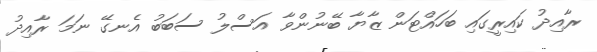
ރާއިދު ކައިރީގައި ބަހައްޓަން ޒާޔާ ބޭނުންވާ އަސްލު ސަބަބު އެނގޭ ނަމަ ރާއިދު